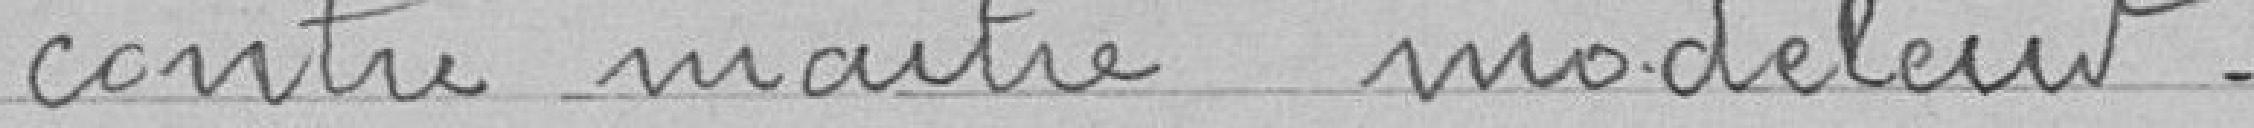
contre maitre modeleur